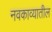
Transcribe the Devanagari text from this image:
नवकाव्यातील